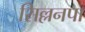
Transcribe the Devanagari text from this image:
सिल्लनपा